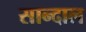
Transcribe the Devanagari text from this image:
सान्दाल